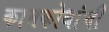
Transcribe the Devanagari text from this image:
कामकोधांची